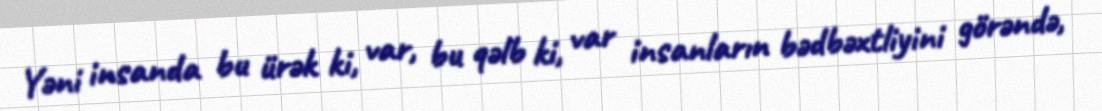
Yəni insanda bu ürək ki, var, bu qəlb ki, var insanların bədbəxtliyini görəndə,